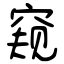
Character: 窥